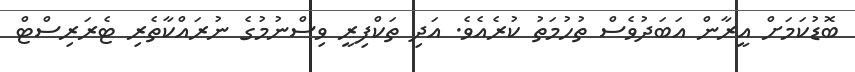
ބޮޑުކަމަށް އީރާން އަބަދުވެސް ތުހުމަތު ކުރެއެވެ. އަދި ތަކްފިރީ ވިސްނުމުގެ ނުރައްކާތެރި ޓެރަރިސްޓް